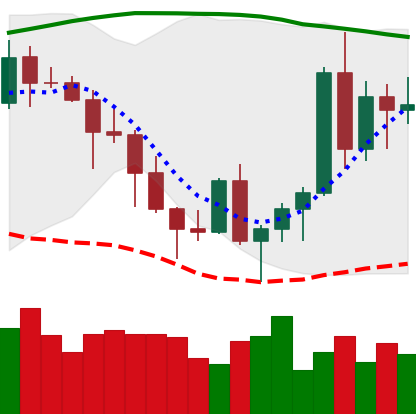
Ticker: ADA-USD
Chart end date: 2020-11-10
Forward return: -4.985%
Label: down_3_5